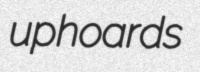
uphoards